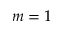
m = 1